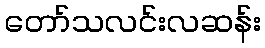
တော်သလင်းလဆန်း